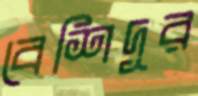
বেশিদূর